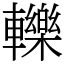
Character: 轢